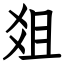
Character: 爼